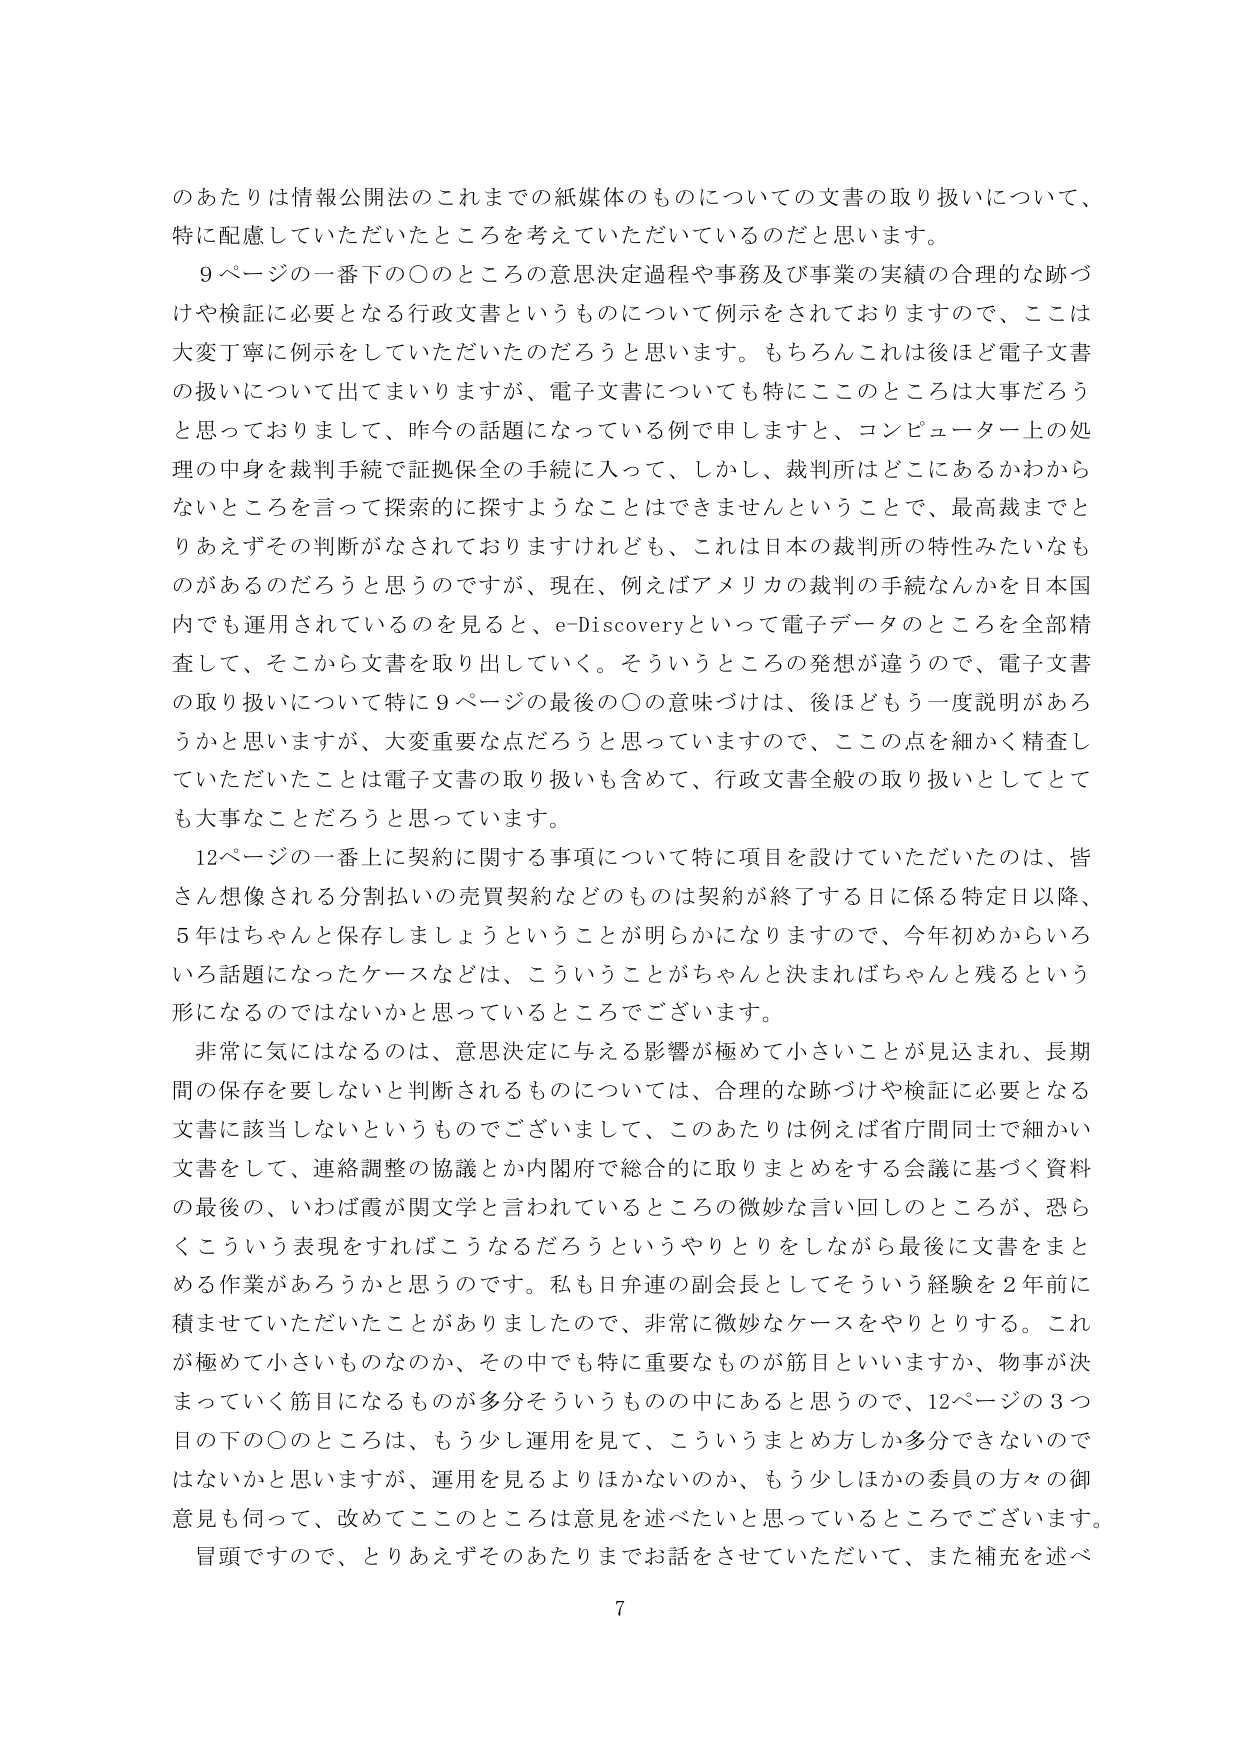
のあたりは情報公開法のこれまでの紙媒体のものについての文書の取り扱いについて、
特に配慮していただいたところを考えていただいているのだと思います。

９ページの一番下の〇のところの意思決定過程や事務及び事業の実績の合理的な跡づけや検証に必要となる行政文書というものについて例示をされておりますので、ここは大変丁寧に例示をしていただいたのだろうと思います。もちろんこれは後ほど電子文書の扱いについて出てまいりますが、電子文書についても特にこのところは大事だろうと思っておりまして、昨今の話題になっている例で申しますと、コンピューター上の処理の中身を裁判手続で証拠保全の手続に入って、しかし、裁判所はどこにあるかわからないところを言って探索的に探すようなことはできませんということで、最高裁までとりあえずその判断がなされておりますけれども、これは日本の裁判所の特性みたいなものがあるのだろうと思うのですが、現在、例えばアメリカの裁判の手続なんかを日本国内でも運用されているのを見ると、e-Discoveryといって電子データのところを全部精査して、そこから文書を取り出していく。そういうところの発想が違うので、電子文書の取り扱いについて特に９ページの最後の〇の意味づけは、後ほどもう一度説明があろうかと思いますが、大変重要な点だろうと思っていますので、この点を細かく精査していただいたことは電子文書の取り扱いも含めて、行政文書全般の取り扱いとしてとても大事なことだろうと思っています。

12ページの一番上に契約に関する事項について特に項目を設けていただいたのは、皆さん想像される分割払いの売買契約などのものは契約が終了する日に係る特定日以降、5年はちゃんと保存しましょうということが明らかになりますので、今年初めからいろいろ話題になったケースなどは、こういうことがちゃんと決まればちゃんと残るという形になるのではないかと思っているところでございます。

非常に気にはなるのは、意思決定に与える影響が極めて小さいことが見込まれ、長期間の保存を要しないと判断されるものについては、合理的な跡づけや検証に必要となる文書に該当しないというものでございまして、このあたりは例えば省庁間同士で細かい文書をして、連絡調整の協議とか内閣府で総合的に取りまとめをする会議に基づく資料の最後の、いわば霞が関文学と言われているところの微妙な言い回しのところが、恐らくこういう表現をすればこうなるだろうというやりとりをしながら最後に文書をまとめる作業があろうかと思うのです。私も日弁連の副会長としてそういう経験を2年前に積ませていただいたことがありましたので、非常に微妙なケースをやりとりする。これが極めて小さいものなのか、その中でも特に重要なものが筋目といいますか、物事が決まっていく筋目になるものが多分そういうものの中にあると思うので、12ページの3つ目の下の〇のところは、もう少し運用を見て、こういうまとめ方しか多分できないのではないかと思いますが、運用を見るよりほかないのか、もう少しほかの委員の方々の御意見も伺って、改めてこのところは意見を述べたいと思っているところでございます。

冒頭ですので、とりあえずそのあたりまでお話をさせていただいて、また補充を述べ

7